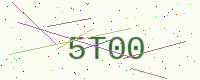
Text: 5T00